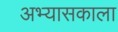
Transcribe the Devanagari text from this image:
अभ्यासकाला